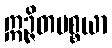
ဣဉ္ဇိတပစ္စယာ